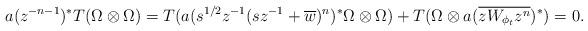
LaTeX: \begin{align*}a(z^{-n-1})^*T(\Omega \otimes \Omega) = T(a(s^{1/2}z^{-1}(sz^{-1} + \overline{w})^n)^*\Omega \otimes \Omega) + T(\Omega \otimes a(\overline{z W_{\phi_t} z^n})^*) = 0.\end{align*}